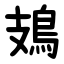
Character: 鳷